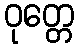
ဝုတ္တေ